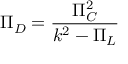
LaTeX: \Pi _ { D } = { \frac { \Pi _ { C } ^ { 2 } } { k ^ { 2 } - \Pi _ { L } } }